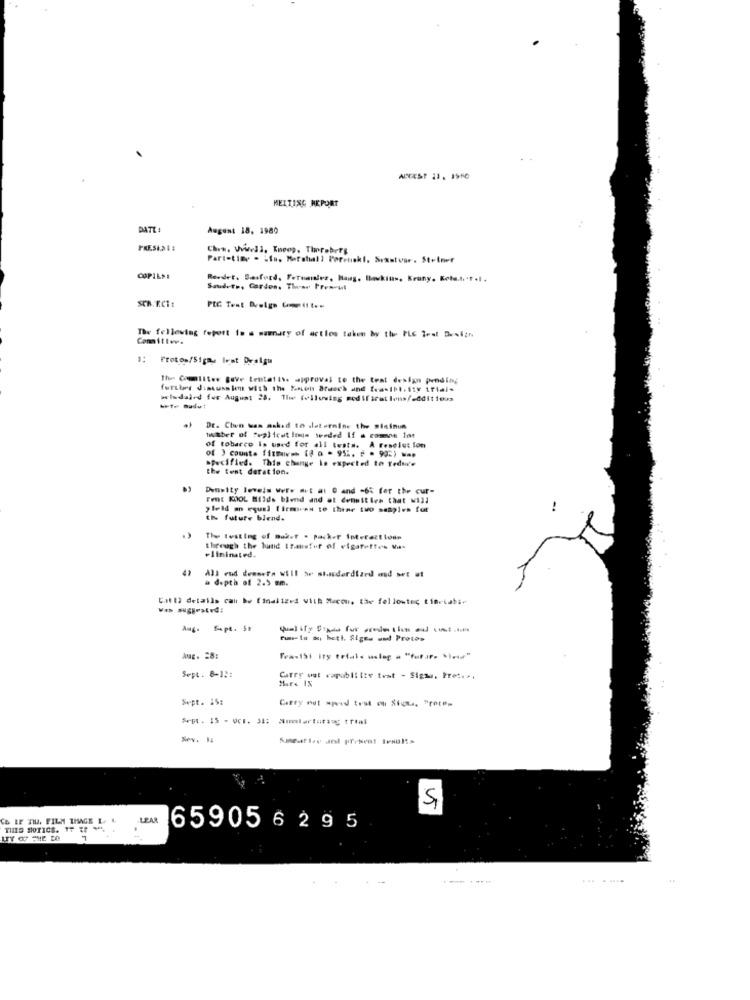
HEITISC REPORT
DATE :
August 18, 1980
Chrw. Wwwell, Kneop. Thereberg
Part-time . : fu. Marshall Porelski. Sixstear. Steiner
COPILSE
Reedet. Sasford, Fernandez, Haus, Deskius, Kruny, Keta.t. t .I .
Sanders, Cordes. Thear Prem-ut
SEN. K.CT:
PIC Test Dealgo Cit t ==
The following feport in a summary of actlos taken by the PLE Teet D.siin
Frot os/Sigmu Iest Dealgu
The Colites Beve tentatite approval to the teat design pending
further discussion with the Soon Branch and feastbl. ity trials
wladal-d for August 28. The following modif irat lons != ddit 1ours
-t- mudut
Dr. Chen was asked to slaternine the Siainun
twitber of Suplicot lenin werded If a common lot
of ) counta fimmi == (§ a - 951. 2 . 90%) w=p
of tobarco Is used for all tests. A resolution
specified. This change is expected to reduce
the tent derat ion.
Density levels Were #it at @ and -6% for the cur-
Fent KOOL Bilds blend and at densities that will
yield an equal [ iemren to theme two samples for
--
the future blend.
The testing of muket . packer Interactions
through the hand transfer of elgatettes Va-
+lininated.
All end deesera will be standardtard and wet at
à depth of 2.5 mm.
Çatı) details calı be finalized with Bacon, the fellowtec timetabi-
Sept. 5t
Fun- In do, heth. Siges and Protes
Aug. 28:
FrasiSi ity trials meleg a "fatur. * i ... "
Sept . 8-12:
Carry wat vapoblitte test - Sigmu, Pret ...
Sept. 15:
Carry out speed test en Sium. "rote=
Smetlee and present Ivsulte
55
C& LE TIL. FILM THAGE L. ..
LEAR
THIS NOTICE. IF : **.
659056295